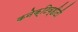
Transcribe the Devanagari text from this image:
कनेक्टिव्हीटी